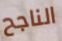
الناجح